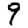
Digit: 9